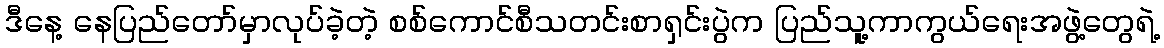
ဒီနေ့ နေပြည်တော်မှာလုပ်ခဲ့တဲ့ စစ်ကောင်စီသတင်းစာရှင်းပွဲက ပြည်သူ့ကာကွယ်ရေးအဖွဲ့တွေရဲ့